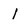
Character: 1